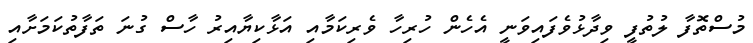
މުސްތޮފާ ލުތުފީ ވިދާޅުވެފައިވަނީ އެހެން ހުރިހާ ވެރިކަމާއި އަޅާކިޔާއިރު ހާސް ގުނަ ތަފާތުކަމަށާއި